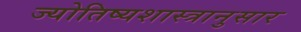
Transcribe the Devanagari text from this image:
ज्योतिष्यशास्त्रानुसार